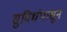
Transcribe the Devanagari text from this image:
सुविधंपासून